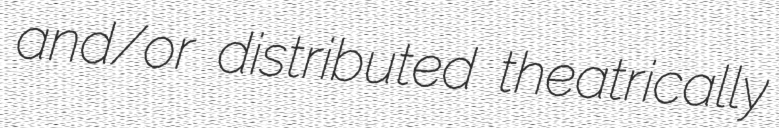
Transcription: and/or distributed theatrically